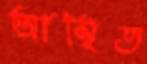
আস্থিত